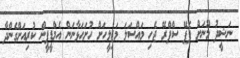
ނަޝީދު މޫނަށް ޕެޕޭ ސްޕްރޭ ޖެހި މައްސަލަ މަޖިލީހަށް ހުށަހަޅާނަން އެމްޑީޕީން ކުރިއަށްގެންދާ